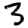
Digit: 3